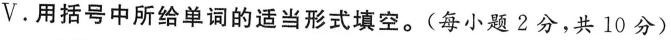
Ⅴ . 用括号中所给单词的适当形式填空。(每小题 2 分,共 10 分)